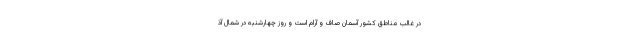
در غالب مناطق کشور آسمان صاف و آرام است و روز چهارشنبه در شمال آذ